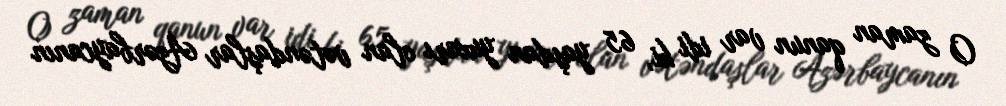
O zaman qanun var idi ki, 65 yaşdan yuxarı olan vətəndaşlar Azərbaycanın